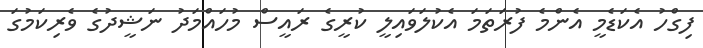
ފިގްހު އެކަޑެމީ އެންމެ ފުރަތަމަ އެކުލަވައިލީ ކުރީގެ ރައީސް މުހައްމަދު ނަޝީދުގެ ވެރިކަމުގަ